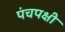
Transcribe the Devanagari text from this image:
पंचपक्षी